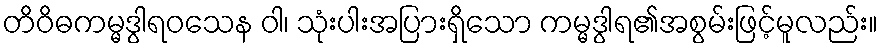
တိဝိဓကမ္မဒွါရဝသေန ဝါ၊ သုံးပါးအပြားရှိသော ကမ္မဒွါရ၏အစွမ်းဖြင့်မူလည်း။